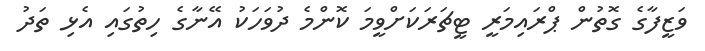
ވަޒީފާގެ ގޮތުން ޕްރައިމަރީ ޓީޗަރަކަށްވީމަ ކޮންމެ ދުވަހަކު އޭނާގެ ހިތުގައި އެޅި ތަދު